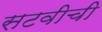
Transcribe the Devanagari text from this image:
सटवीची